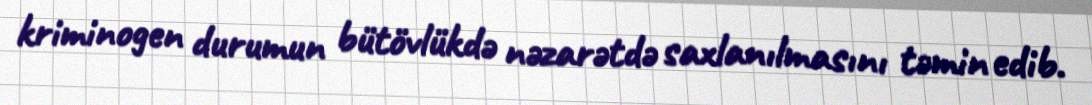
kriminogen durumun bütövlükdə nəzarətdə saxlanılmasını təmin edib.